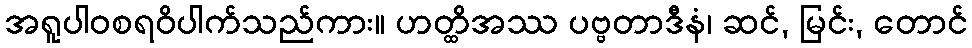
အရူပါဝစရဝိပါက်သည်ကား။ ဟတ္ထိအဿ ပဗ္ဗတာဒီနံ၊ ဆင်, မြင်း, တောင်